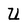
Character: U